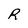
Character: R